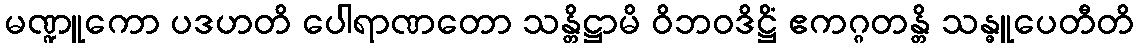
မဏ္ဍူကော ပဒဟတိ ပေါရာဏတော သန္တိဋ္ဌာမိ ဝိဘဝဒိဋ္ဌိံ ဧကဂ္ဂတန္တိ သန္ဓူပေတီတိ